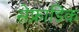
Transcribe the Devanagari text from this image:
सेफ्राडिक